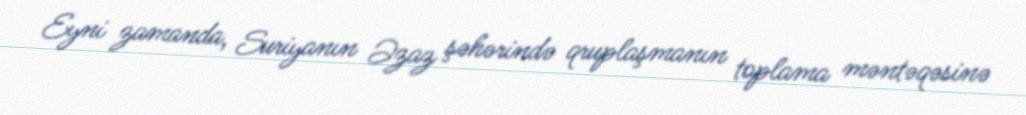
Eyni zamanda, Suriyanın Əzaz şəhərində qruplaşmanın toplama məntəqəsinə